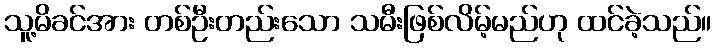
သူ့မိခင်အား တစ်ဦးတည်းသော သမီးဖြစ်လိမ့်မည်ဟု ထင်ခဲ့သည်။